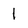
Character: 1